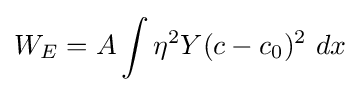
W_{E}=A\int \eta ^{2}Y(c-c_{0})^{2}~dx